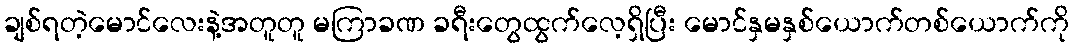
ချစ်ရတဲ့မောင်လေးနဲ့အတူတူ မကြာခဏ ခရီးတွေထွက်လေ့ရှိပြီး မောင်နှမနှစ်ယောက်တစ်ယောက်ကို